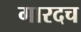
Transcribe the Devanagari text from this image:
गारदच